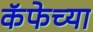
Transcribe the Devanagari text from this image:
कॅफेच्या